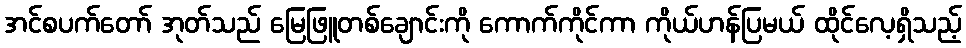
အင်စပက်တော် အုတ်သည် မြေဖြူတစ်ချောင်းကို ကောက်ကိုင်ကာ ကိုယ်ဟန်ပြမယ် ထိုင်လေ့ရှိသည့်